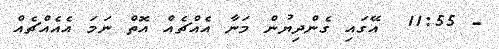
- 11:55  އޭގައި ގެންދިޔުން މަނާ އެއްޗެއް އޮތް ނަމަ އެއެއްޗެއް